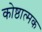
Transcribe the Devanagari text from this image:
कोष्ठात्मक